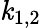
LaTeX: \mathit{k}_{1,2}